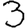
Digit: 3